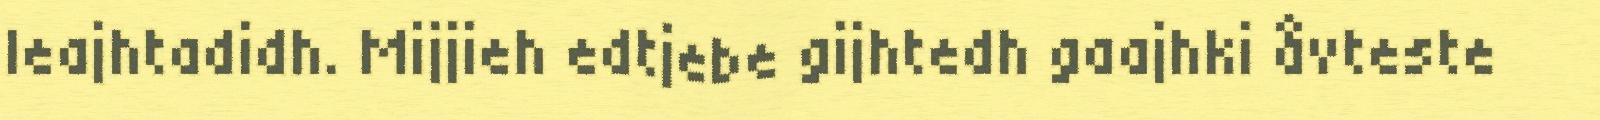
leajhtadidh. Mijjieh edtjebe gijhtedh gaajhki åvteste